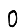
Digit: 0